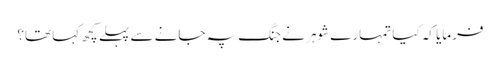
فرمایا کہ کیا تمہارے شوہر نے جنگ پہ جانے سے پہلے کچھ کہا تھا؟